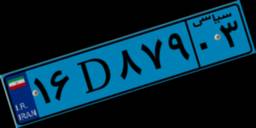
۱۶D۸۷۹۰۳